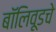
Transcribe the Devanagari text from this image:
बॉलिवूडचे